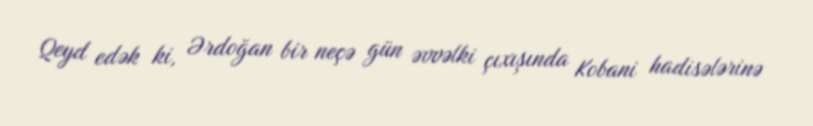
Qeyd edək ki, Ərdoğan bir neçə gün əvvəlki çıxışında Kobani hadisələrinə